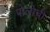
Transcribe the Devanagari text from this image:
पोलोची